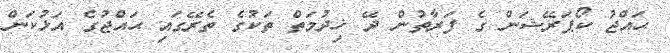
ޙައްޖު ކޯޕަރޭޝަން ގެ ފަރާތުން ދޭ ޚިދުމަތް ތަކުގެ ތެރޭގައި ޙައްޖުގެ އަޅުކަން